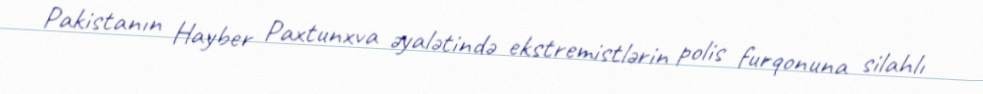
Pakistanın Hayber Paxtunxva əyalətində ekstremistlərin polis furqonuna silahlı